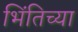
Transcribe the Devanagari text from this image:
भिंतिच्या